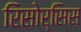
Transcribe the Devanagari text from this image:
रिसोर्सिस